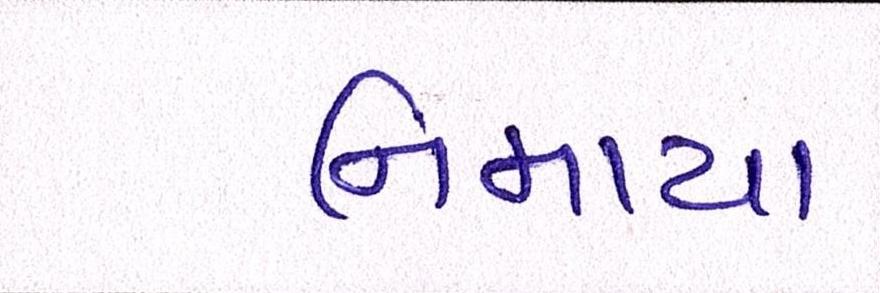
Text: નિમાયા